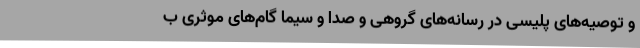
و توصیه‌های پلیسی در رسانه‌های گروهی و صدا و سیما گام‌های موثری ب